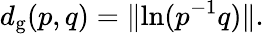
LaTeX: d_{\mathrm{g}}(p,q)=\lVert\ln(p^{-1}q)\rVert.